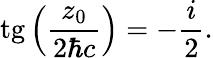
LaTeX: \mathrm{tg}\left(\frac{z_{0}}{2{\hbar}c}\right)=-\frac{i}{2}.